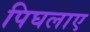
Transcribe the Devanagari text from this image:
पिघलाए